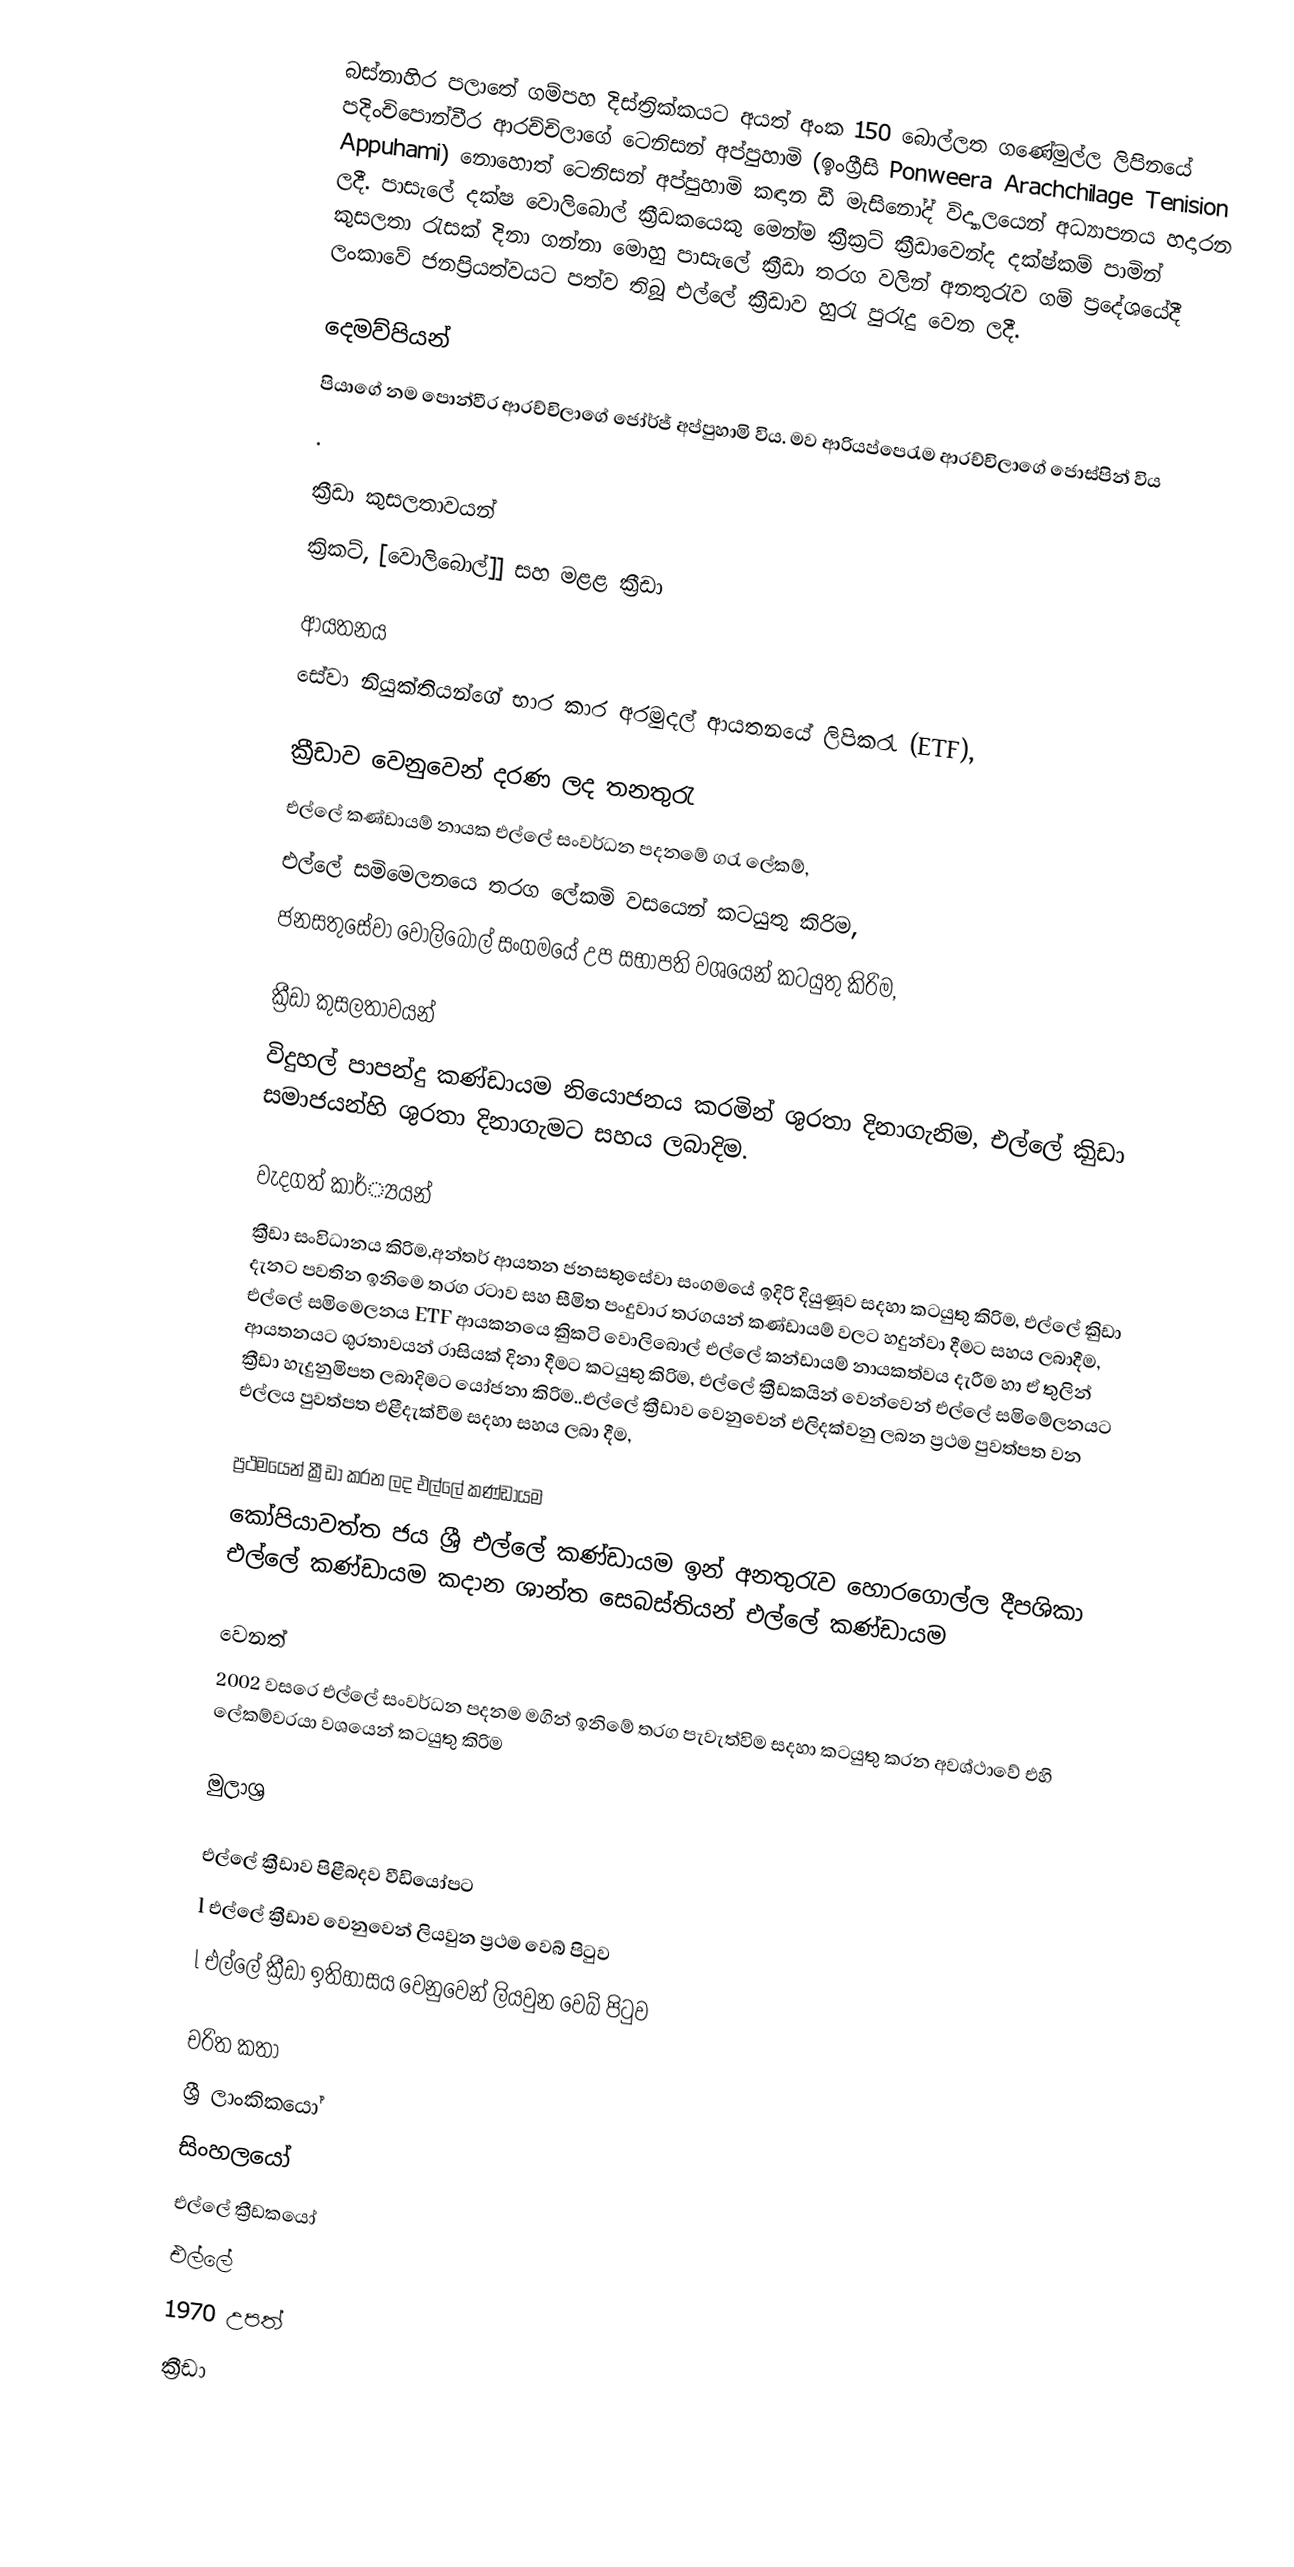
බස්නාහිර පලාතේ ගම්පහ දිස්ත්‍රික්කයට අයත් අංක 150 බොල්ලත ගණේමුල්ල ලිපිනයේ පදිංචිපොන්වීර ආරච්චිලාගේ ටෙනිසන් අප්පුහාමි (ඉංග්‍රීසි Ponweera Arachchilage Tenision Appuhami) නොහොත් ටෙනිසන් අප්පුහාමි කඳාන ඩී මැසිනෝද් විද්‍යාලයෙන් අධ්‍යාපනය හදාරන ලදී. පාසැලේ දක්ෂ වොලිබොල් ක්‍රීඩකයෙකු මෙන්ම ක්‍රීක්‍රට් ක්‍රීඩාවෙන්ද දක්ෂ්කම් පාමින් කුසලතා රැසක් දිනා ගන්නා මොහු පාසැලේ ක්‍රීඩා තරග වලින් අනතුරැව ගම් ප්‍රදේශයේදී ලංකාවේ ජනප්‍රියත්වයට පත්ව තිබූ එල්ලේ ක්‍රීඩාව හුරැ පුරැදු වෙන ලදී.

දෙමව්පියන්
පියාගේ නම පොන්වීර ආරච්චිලාගේ ජෝර්ජ් අප්පුහාමි විය. මව ආරියප්පෙරැම ආරච්චිලාගේ ජොස්පින් විය
.

ක්‍රීඩා කුසලතාවයන්
ක්‍රිකට්, [වොලිබොල්]] සහ මළළ ක්‍රීඩා

ආයතනය
සේවා නියුක්තියන්ගේ භාර කාර අරමුදල් ආයතනයේ ලිපිකරැ (ETF),

ක්‍රීඩාව වෙනුවෙන් දරණ ලද තනතුරැ
එල්ලේ කණ්ඩායම් නායක එල්ලේ සංවර්ධන පදනමේ ගරැ ලේකම්,
එල්ලේ සමිමෙලනයෙ  තරග ලේකමි  වසයෙන් කටයුතු කිරිම,
ජනසතුසේවා වොලිබොල් සංගමයේ  උප සභාපති  වශයෙන් කටයුතු කිරිම,

ක්‍රීඩා කුසලතාවයන්
විදුහල්  පාපන්දු  කණ්ඩායම නියොජනය කරමින් ශුරතා දිනාගැනිම, එල්ලේ කිුඩා සමාජයන්හි  ශුරතා දිනාගැමට සහය ලබාදිම.

වැදගත් කාර්්‍යයන්
ක්‍රීඩා සංවිධානය කිරිම,අන්තර් ආයතන ජනසතුසේවා සංගමයේ ඉදිරි දියුණූව සදහා කටයුතු කිරිම, එල්ලේ  කිුඩා දැනට පවතින ඉනිමෙ තරග රටාව  සහ  සීමිත පංදුවාර  තරගයන් කණ්ඩායම් වලට හදුන්වා දීමට සහය ලබාදීම, එල්ලේ සමිමෙලනය ETF ආයකනයෙ කිුකටි වොලිබොල් එල්ලේ කන්ඩායම් නායකත්වය දැරීම හා ඒ තුලින් ආයතනයට ශුරතාවයන් රාසියක් දිනා දීමට කටයුතු කිරිම, එල්ලේ ක්‍රීඩකයින් වෙන්වෙන් එල්ලේ  සමිමේලනයට ක්‍රීඩා හැදුනුමිපත ලබාදිමට යෝජනා කිරිම..එල්ලේ ක්‍රීඩාව වෙනුවෙන් එලිදක්වනු ලබන ප්‍රථම පුවත්පත වන එල්ලය පුවත්පත එළීදැක්වීම සදහා සහය ලබා දීම,

ප්‍රථමයෙන් ක්‍රීඩා කරන ලද එල්ලේ කණ්ඩායම
කෝපියාවත්ත ජය ශ්‍රී එල්ලේ කණ්ඩායම  ඉන් අනතුරැව හොරගොල්ල දීපශිකා එල්ලේ කණ්ඩායම කදාන ශාන්ත සෙබස්තියන් එල්ලේ කණ්ඩායම

වෙනත්
2002 වසරෙ එල්ලේ සංවර්ධන පදනම මගින් ඉනිමේ තරග පැවැත්විම සදහා කටයුතු කරන අවශ්ථාවේ එහි ලේකම්වරයා වශයෙන් කටයුතු  කිරිම

මුලාශ්‍ර

 එල්ලේ ක්‍රීඩාව පිළීබදව වීඩියෝපට
 l එල්ලේ ක්‍රීඩාව වෙනුවෙන් ලියවුන ප්‍රථම වෙබ් පිටුව
 l එල්ලේ ක්‍රීඩා ඉතිහාසය වෙනුවෙන් ලියවුන වෙබ් පිටුව

චරිත කතා
ශ්‍රී ලාංකිකයෝ
සිංහලයෝ
එල්ලේ ක්‍රීඩකයෝ
එල්ලේ
1970 උපත්
ක්‍රීඩා